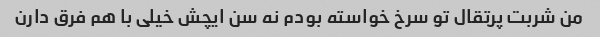
من شربت پرتقال تو سرخ خواسته بودم نه‌ سن ایچش خیلی با هم فرق دارن